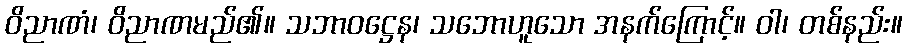
ဝိညာဏံ၊ ဝိညာဏမည်၏။ သဘာဝဋ္ဌေန၊ သဘောဟူသော အနက်ကြောင့်။ ဝါ၊ တစ်နည်း။